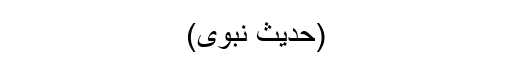
(حدیث نبوی)